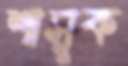
শাসুক